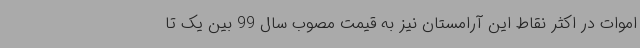
اموات در اکثر نقاط این آرامستان نیز به قیمت مصوب سال 99 بین یک تا